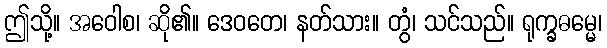
ဤသို့။ အဝေါစ၊ ဆို၏။ ဒေဝတေ၊ နတ်သား။ တွံ၊ သင်သည်။ ရုက္ခဓမ္မေ၊